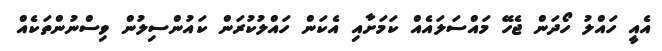
އެއީ ހައްލު ހޯދަން ޖެހޭ މައްސަލައެއް ކަމަށާއި އެކަން ހައްލުކުރަން ކައުންސިލުން ވިސްނުންތަކެއް